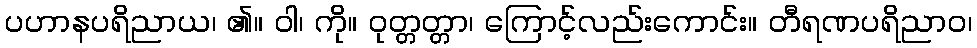
ပဟာနပရိညာယ၊ ၏။ ဝါ၊ ကို။ ဝုတ္တတ္တာ၊ ကြောင့်လည်းကောင်း။ တီရဏပရိညာဝ၊